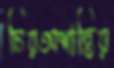
চিরঅশান্তির